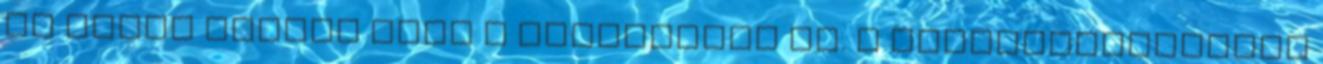
le egyre inkább maga a demokrácia is. A többpártrendszer